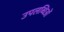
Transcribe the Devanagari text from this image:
उपलब्धिओं